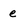
Character: e